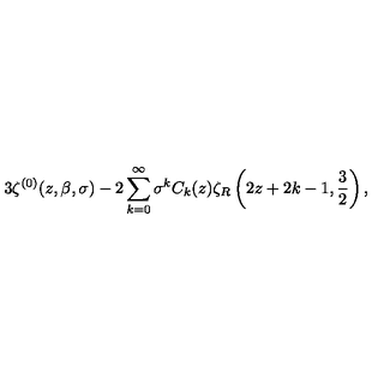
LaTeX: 3 \zeta ^ { ( 0 ) } ( z , \beta , \sigma ) - 2 \sum _ { k = 0 } ^ { \infty } \sigma ^ { k } C _ { k } ( z ) \zeta _ { R } \left( 2 z + 2 k - 1 , { \frac { 3 } { 2 } } \right) ,